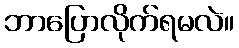
ဘာပြောလိုက်ရမလဲ။